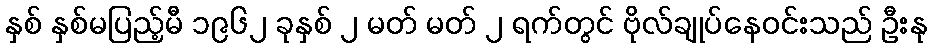
နှစ် နှစ်မပြည့်မီ ၁၉၆၂ ခုနှစ် ၂ မတ် မတ် ၂ ရက်တွင် ဗိုလ်ချုပ်နေဝင်းသည် ဦးနု